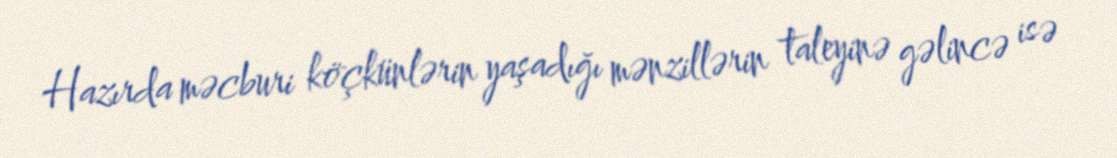
Hazırda məcburi köçkünlərin yaşadığı mənzillərin taleyinə gəlincə isə